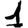
Digit: 1